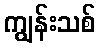
ကျွန်းသစ်